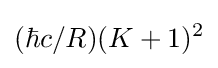
(\hbar c/R)(K+1)^{2}